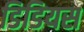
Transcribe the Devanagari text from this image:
डिडियस